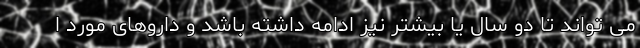
می تواند تا دو سال یا بیشتر نیز ادامه داشته باشد و داروهای مورد ا